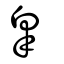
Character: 皋